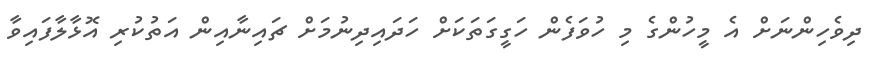
ދިވެހިންނަށް އެ މީހުންގެ މި ހުވަފެން ހަގީގަތަކަށް ހަދައިދިނުމަށް ޗައިނާއިން އަތުކުރި އޮޅާލާފައިވާ